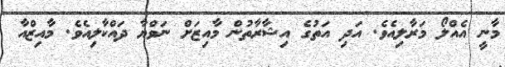
މާނީ އެއްލޯ މަރާލިއެވެ. އަދި އަތުގެ އިޝާރާތުން މާއިޒަށް ނަވްޔާ ދައްކާލިއެވެ. މާއިޒްއާ